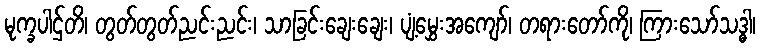
မုက္ခပါဌ်တိ၊ တွတ်တွတ်ညင်းညင်း၊ သာခြင်းချေးချေး၊ ပျံ့မွှေးအကျော်၊ တရားတော်ကို၊ ကြားသော်သဒ္ဓါ၊